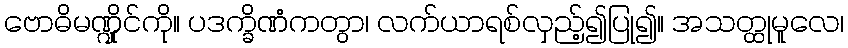
ဗောဓိမဏ္ဍိုင်ကို။ ပဒက္ခိဏံကတွာ၊ လက်ယာရစ်လှည့်၍ပြု၍။ အသတ္ထုမူလေ၊